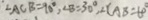
\angle A C B = 9 0 ^ { \circ } , \angle B = 3 0 ^ { \circ } , \angle C A B = 6 0 ^ { \circ }